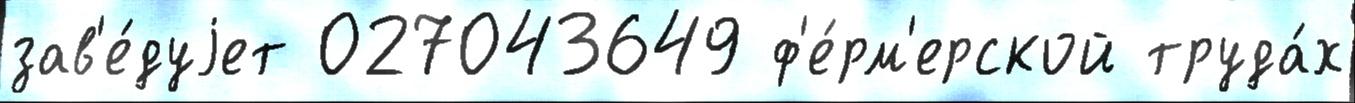
зав'е́дуjет 027043649 ф'е́рм'ерской труда́х